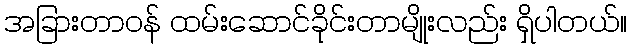
အခြားတာဝန် ထမ်းဆောင်ခိုင်းတာမျိုးလည်း ရှိပါတယ်။